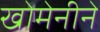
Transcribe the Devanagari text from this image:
खोमेनीने